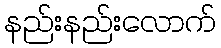
နည်းနည်းလောက်